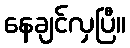
နေချင်လှပြီ။